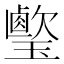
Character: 𤪎